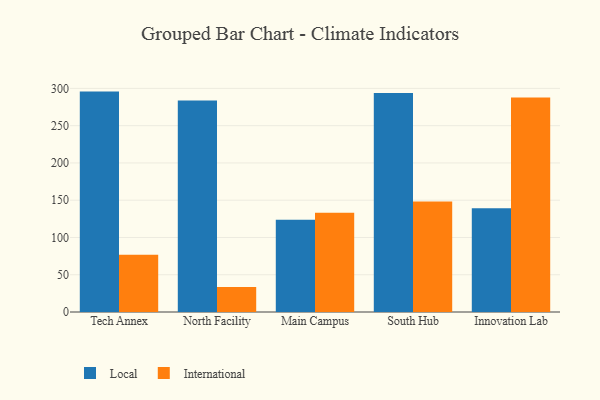
{"axis": {"x": "Campus", "y": "Net Income (USD K)"}, "legend": ["International", "Local"], "data": [{"x": "Tech Annex", "y": 295.7, "type": "Local"}, {"x": "Tech Annex", "y": 76.7, "type": "International"}, {"x": "North Facility", "y": 283.9, "type": "Local"}, {"x": "North Facility", "y": 33.5, "type": "International"}, {"x": "Main Campus", "y": 123.8, "type": "Local"}, {"x": "Main Campus", "y": 133.2, "type": "International"}, {"x": "South Hub", "y": 293.9, "type": "Local"}, {"x": "South Hub", "y": 148.4, "type": "International"}, {"x": "Innovation Lab", "y": 139.3, "type": "Local"}, {"x": "Innovation Lab", "y": 287.7, "type": "International"}]}